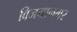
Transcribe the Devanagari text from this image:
विजयानगर